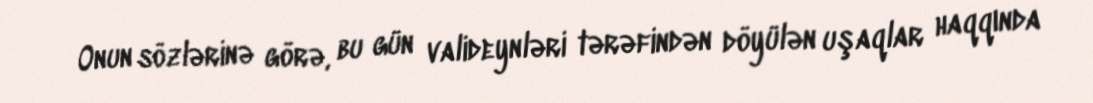
Onun sözlərinə görə, bu gün valideynləri tərəfindən döyülən uşaqlar haqqında